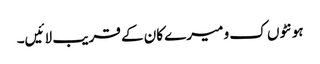
ہونٹوں ک و میرے کان کے قریب لائیں۔